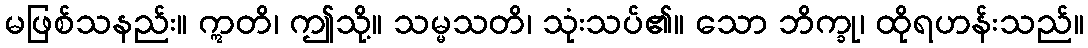
မဖြစ်သနည်း။ ဣတိ၊ ဤသို့။ သမ္မသတိ၊ သုံးသပ်၏။ သော ဘိက္ခု၊ ထိုရဟန်းသည်။